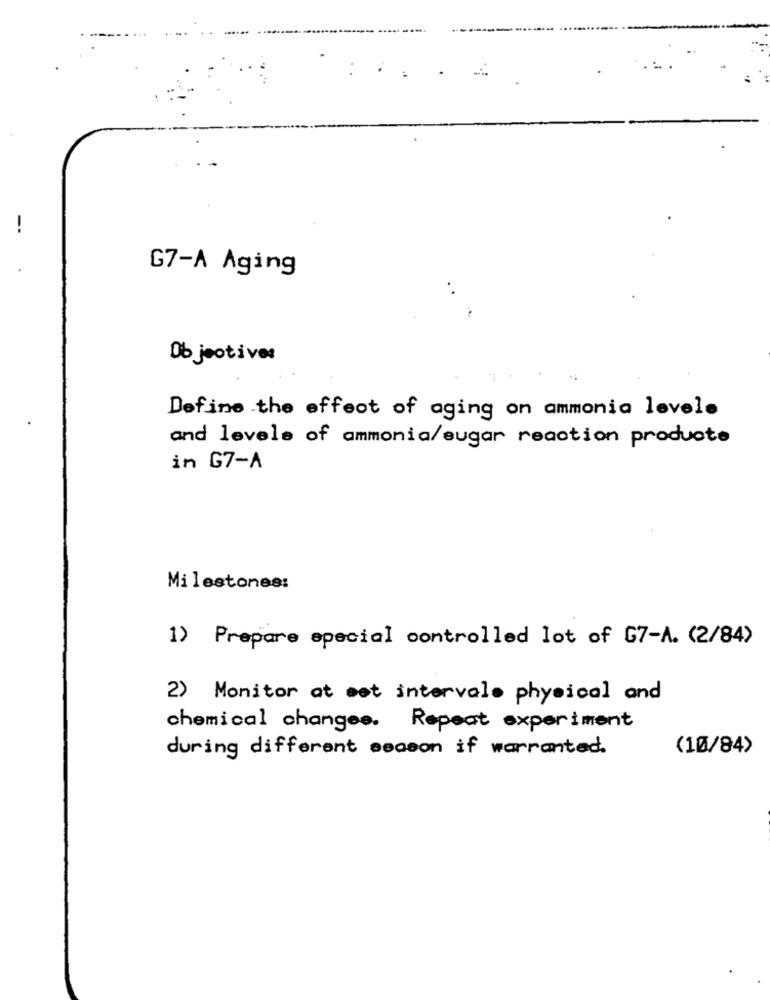
G7-A Aging
0b jeotives
Define the effect of aging on ammonia levele
and levels of ammonia/sugar reaction produote
in G7-A
Milestones:
1) Prepare special controlled lot of G7-A. (2/84)
2) Monitor at est intervale physical and
chemical changes. Repeat experiment
during different season if warranted.
(10/84>